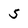
Character: 5